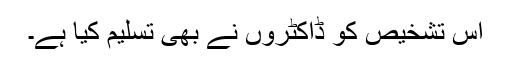
اس تشخیص کو ڈاکٹروں نے بھی تسلیم کیا ہے۔